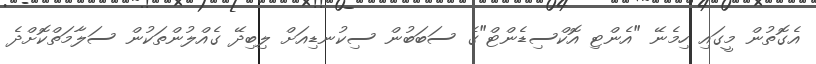
އެގޮތުން މީގައި ހިމެނޭ "އެންޓި އޮކްސިޑެންޓް"ގެ ސަބަބުން ސިކުނޑިއަށް ލިބިދޭ ގެއްލުންތަކުން ސަލާމަތްކޮށްދެ